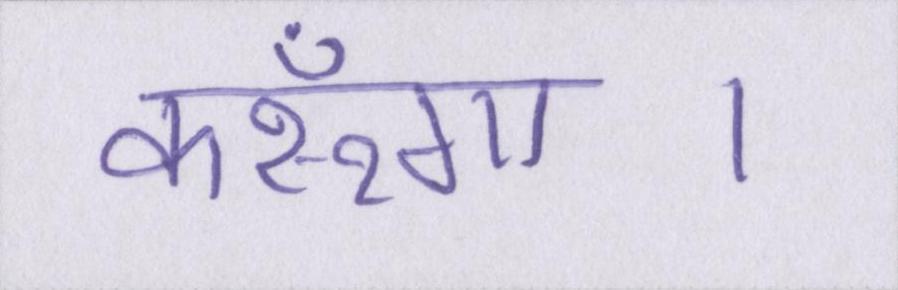
करूँगा।